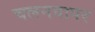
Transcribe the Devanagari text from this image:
चलनवापर